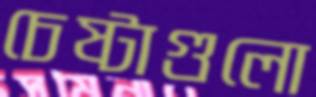
চেষ্টাগুলো